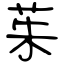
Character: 茱